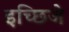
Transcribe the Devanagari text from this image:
इच्छिजे